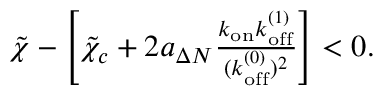
\begin{array} { r } { \tilde { \chi } - \left[ \tilde { \chi } _ { c } + 2 a _ { \Delta N } \frac { k _ { \mathrm { o n } } k _ { \mathrm { o f f } } ^ { ( 1 ) } } { ( k _ { \mathrm { o f f } } ^ { ( 0 ) } ) ^ { 2 } } \right] < 0 . } \end{array}